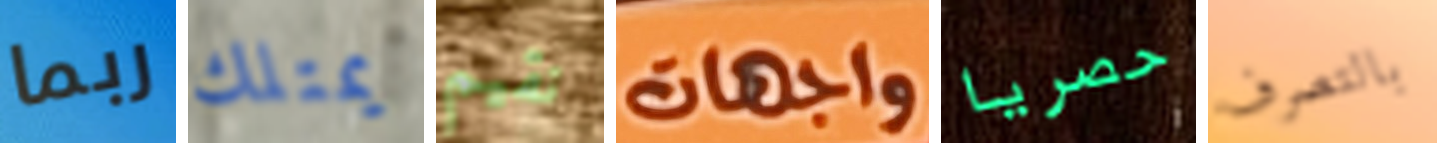
ربما يمتلك نقيم واجهات حصريا بالتصرف